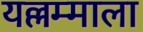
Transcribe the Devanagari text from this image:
यल्लम्माला